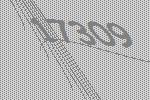
17309